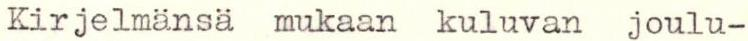
Kirjelmänsä mukaan kuluvan joulu-